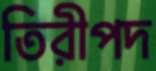
তিরীপদ